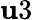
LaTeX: \mathbf{u}3